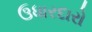
ઉધારદારો